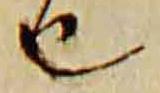
由